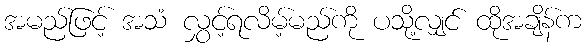
အမည်ဖြင့် အသံ လွှင့်ရလိမ့်မည်ကို ပသို့လျှင် ထိုအချိန်က